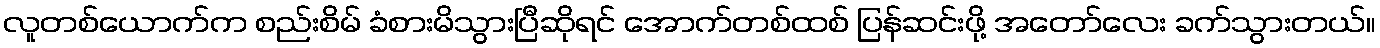
လူတစ်ယောက်က စည်းစိမ် ခံစားမိသွားပြီဆိုရင် အောက်တစ်ထစ် ပြန်ဆင်းဖို့ အတော်လေး ခက်သွားတယ်။